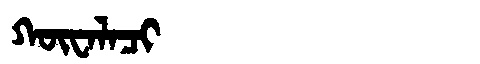
Manchu: ᡴᡡᠸᠠᠯᠠᠴᡳ
Romanization: KŪWALACI